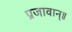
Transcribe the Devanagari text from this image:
प्रजावान्॥